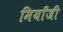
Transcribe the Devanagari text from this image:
मियाँजी